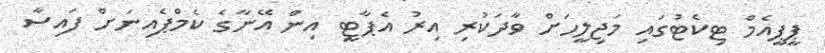
ޕީޕީއެމް ޓިކެޓުގައި މަޖިލީހަށް ވާދަކުރި އިރު އެޕާޓީ އިން އޭނާގެ ކެމްޕެއިނަށް ފައިސާ